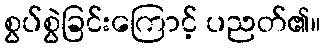
စွပ်စွဲခြင်းကြောင့် ပညတ်၏။